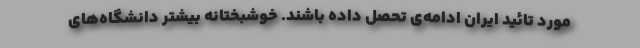
مورد تائید ایران ادامه‌ی تحصل داده باشند. خوشبختانه بیشتر دانشگاه‌های